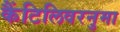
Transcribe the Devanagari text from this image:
कैंटिलिवरनुमा